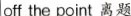
off the point 离题